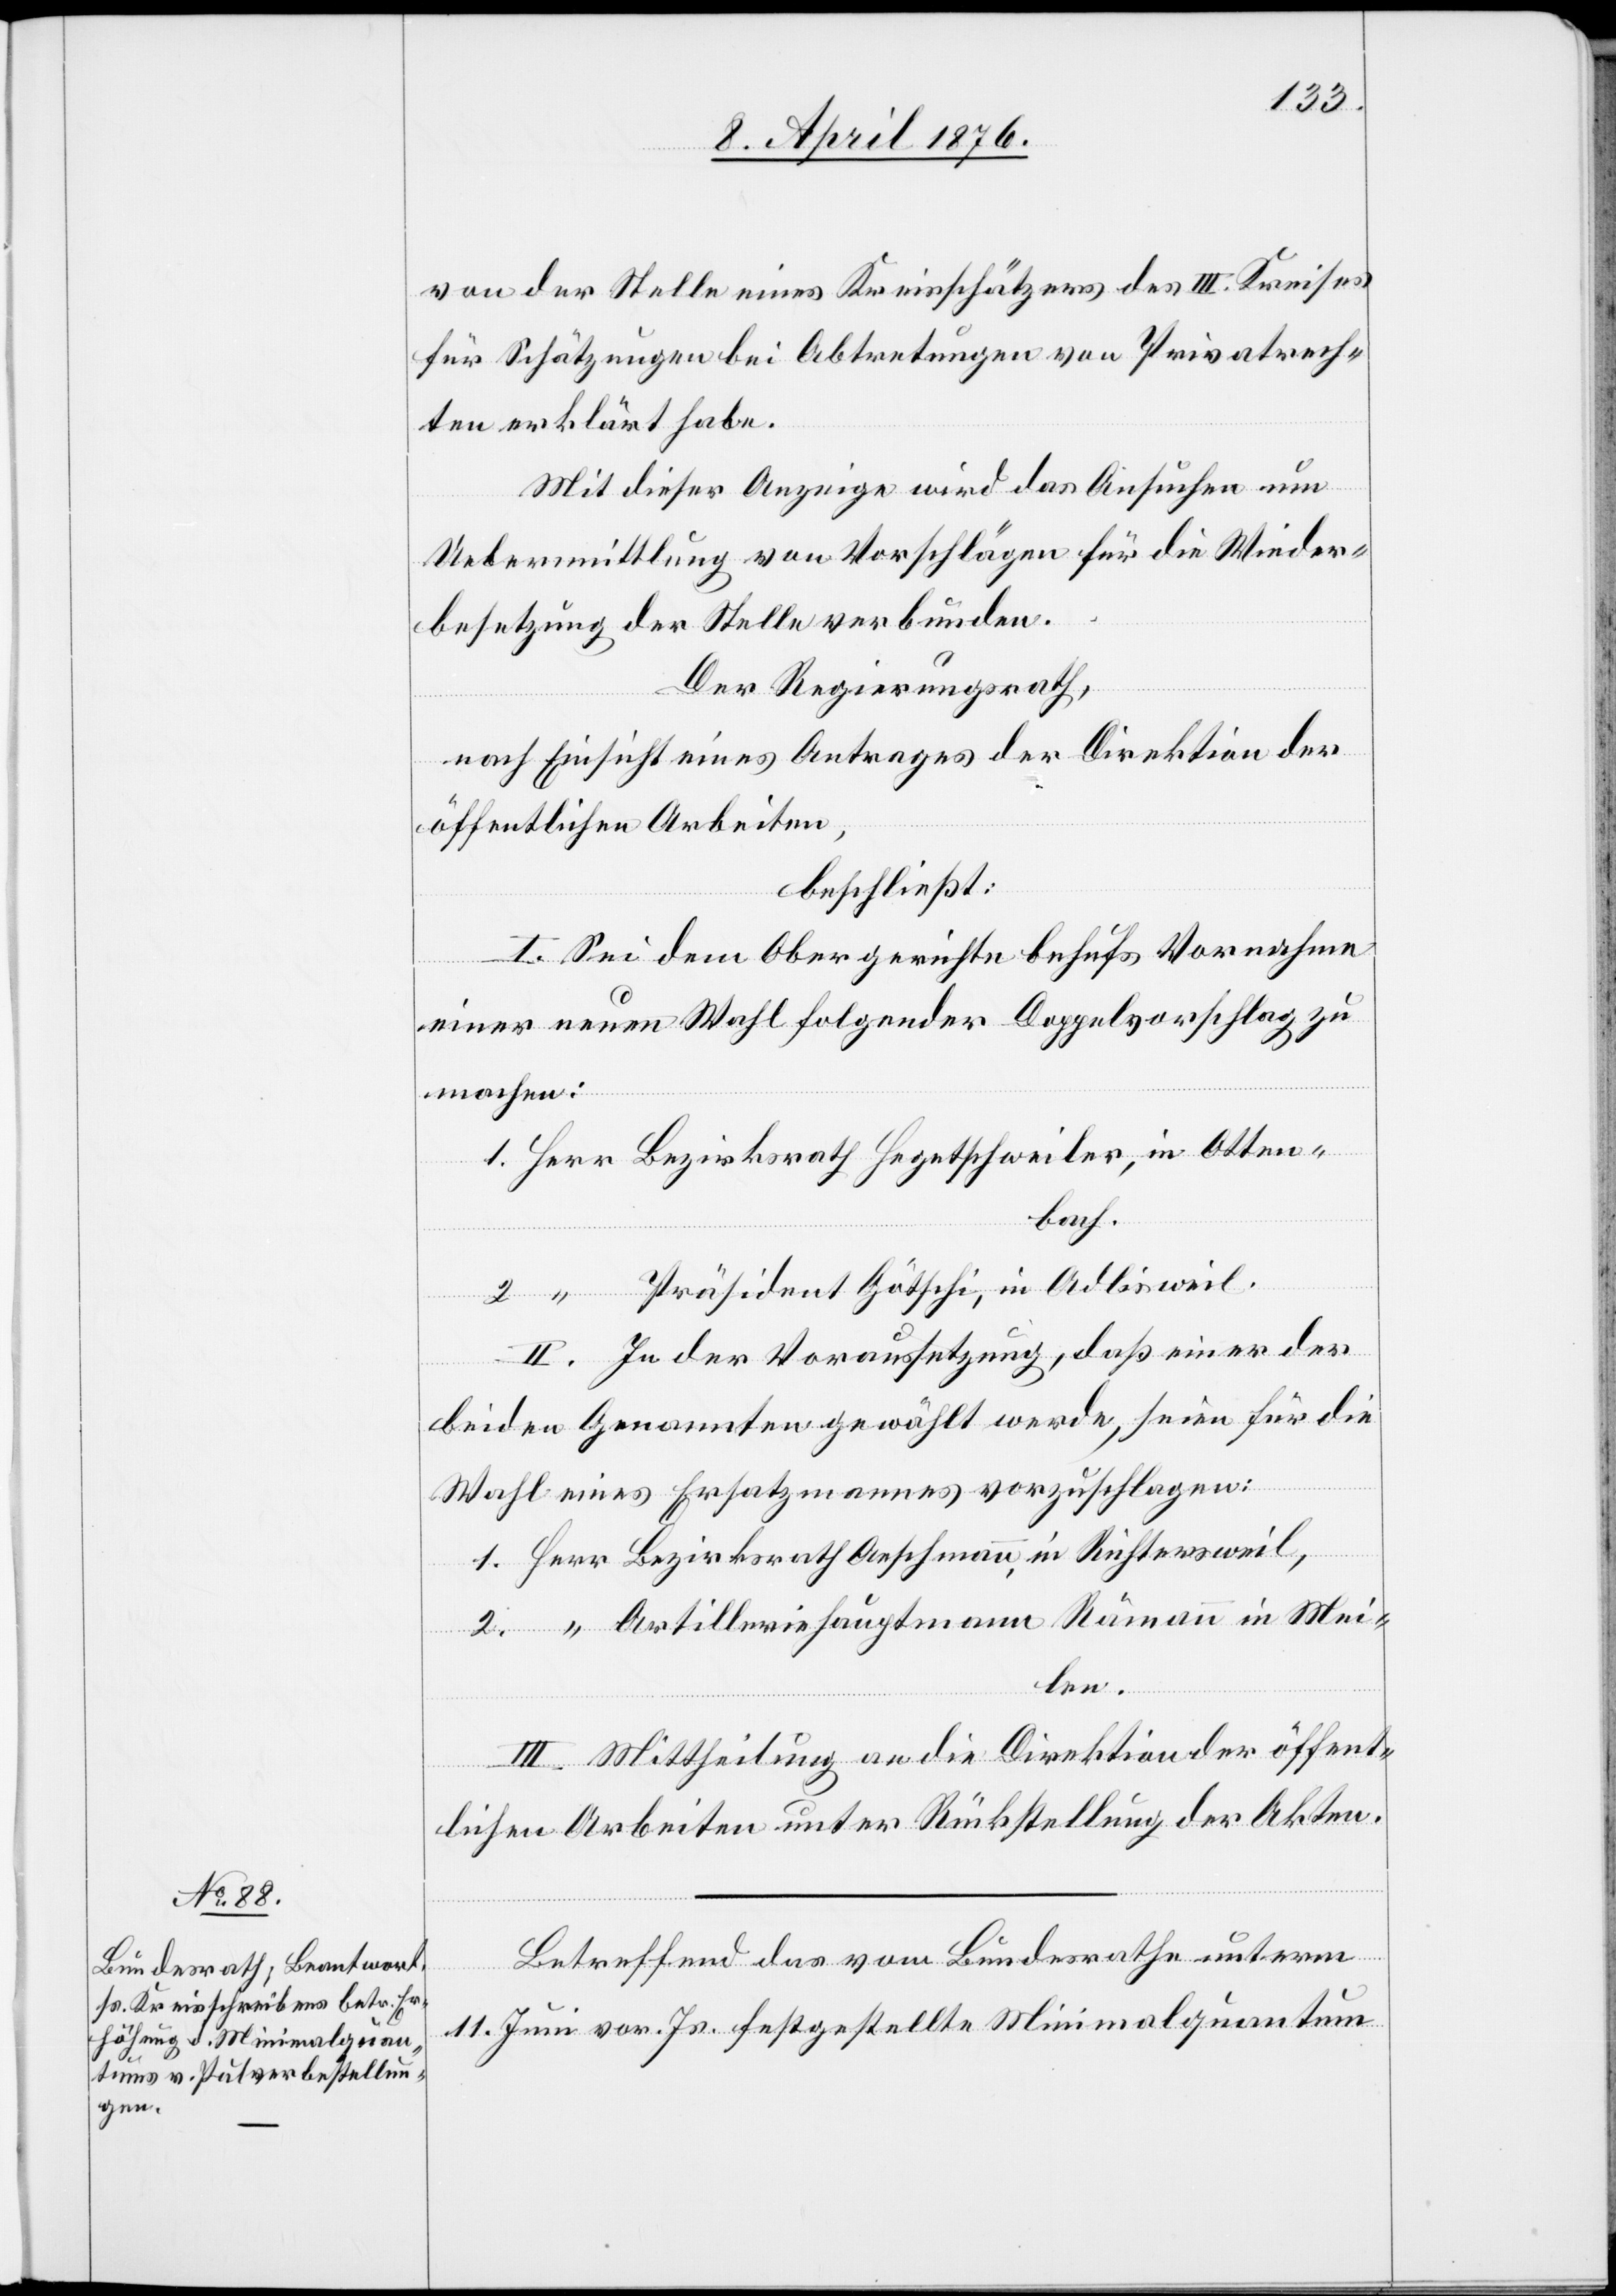
von der Stelle eines Kreisschätzers des III. Kreises
für Schätzungen bei Abtretungen von Privatrech¬
ten erklärt habe.
Mit dieser Anzeige wird das Ansuchen um
Uebermittlung von Vorschlägen für die Wieder¬
besetzung der Stelle verbunden.
Der Regierungsrath,
nach Einsicht eines Antrages der Direktion der
öffentlichen Arbeiten,
2.
beschließt:
I. Sei dem Obergerichte behufs Vornahme
einer neuen Wahl folgender Doppelvorschlag zu
machen:
Otten¬
bach.
Präsident Götschi, in Adlisweil.
II. In der Voraussetzung, daß einer der
beiden Genannten gewählt werde, seien für die
Wahl eines Ersatzmannes vorzuschlagen:
Meilen.
III. Mittheilung an die Direktion der öffent¬
lichen Arbeiten unter Rückstellung der Akten.
Betreffend das vom Bundesrathe unterm
11. Juni vor. Js. festgestellte Minimalquantum